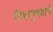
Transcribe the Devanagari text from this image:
विभानुभवांचे